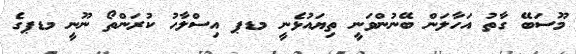
މޫސަބޭ ގާތު އަހާލަން ބޭނުންވަނީ ތިޔައުޅެނީ މޑޕ އިސްލާހު ކުރަންތޯ ނޫނީ މޑޕގެ